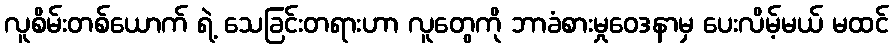
လူစိမ်းတစ်ယောက် ရဲ့ သေခြင်းတရားဟာ လူတွေကို ဘာခံစားမှုဝေဒနာမှ ပေးလိမ့်မယ် မထင်